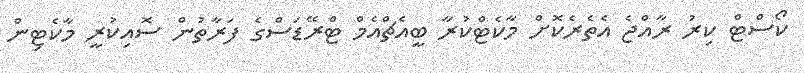
ކޯސްޓް ކިރު ރާއްޖެ އެތެރެކޮށް މާކެޓްކުރާ ބީއެޗްއެމް ޓްރޭޑަސްގެ ފަރާތުން ސޮއިކުރީ މާކެޓިން